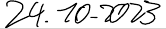
24.10.2023